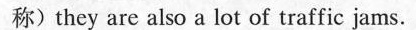
称)they are also a lot of traffic jams.